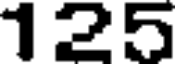
125